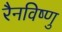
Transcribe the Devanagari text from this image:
रैनविष्णु